38_143685_box_Incident_Summaries_173-233
Agency: Department of War
Page 28
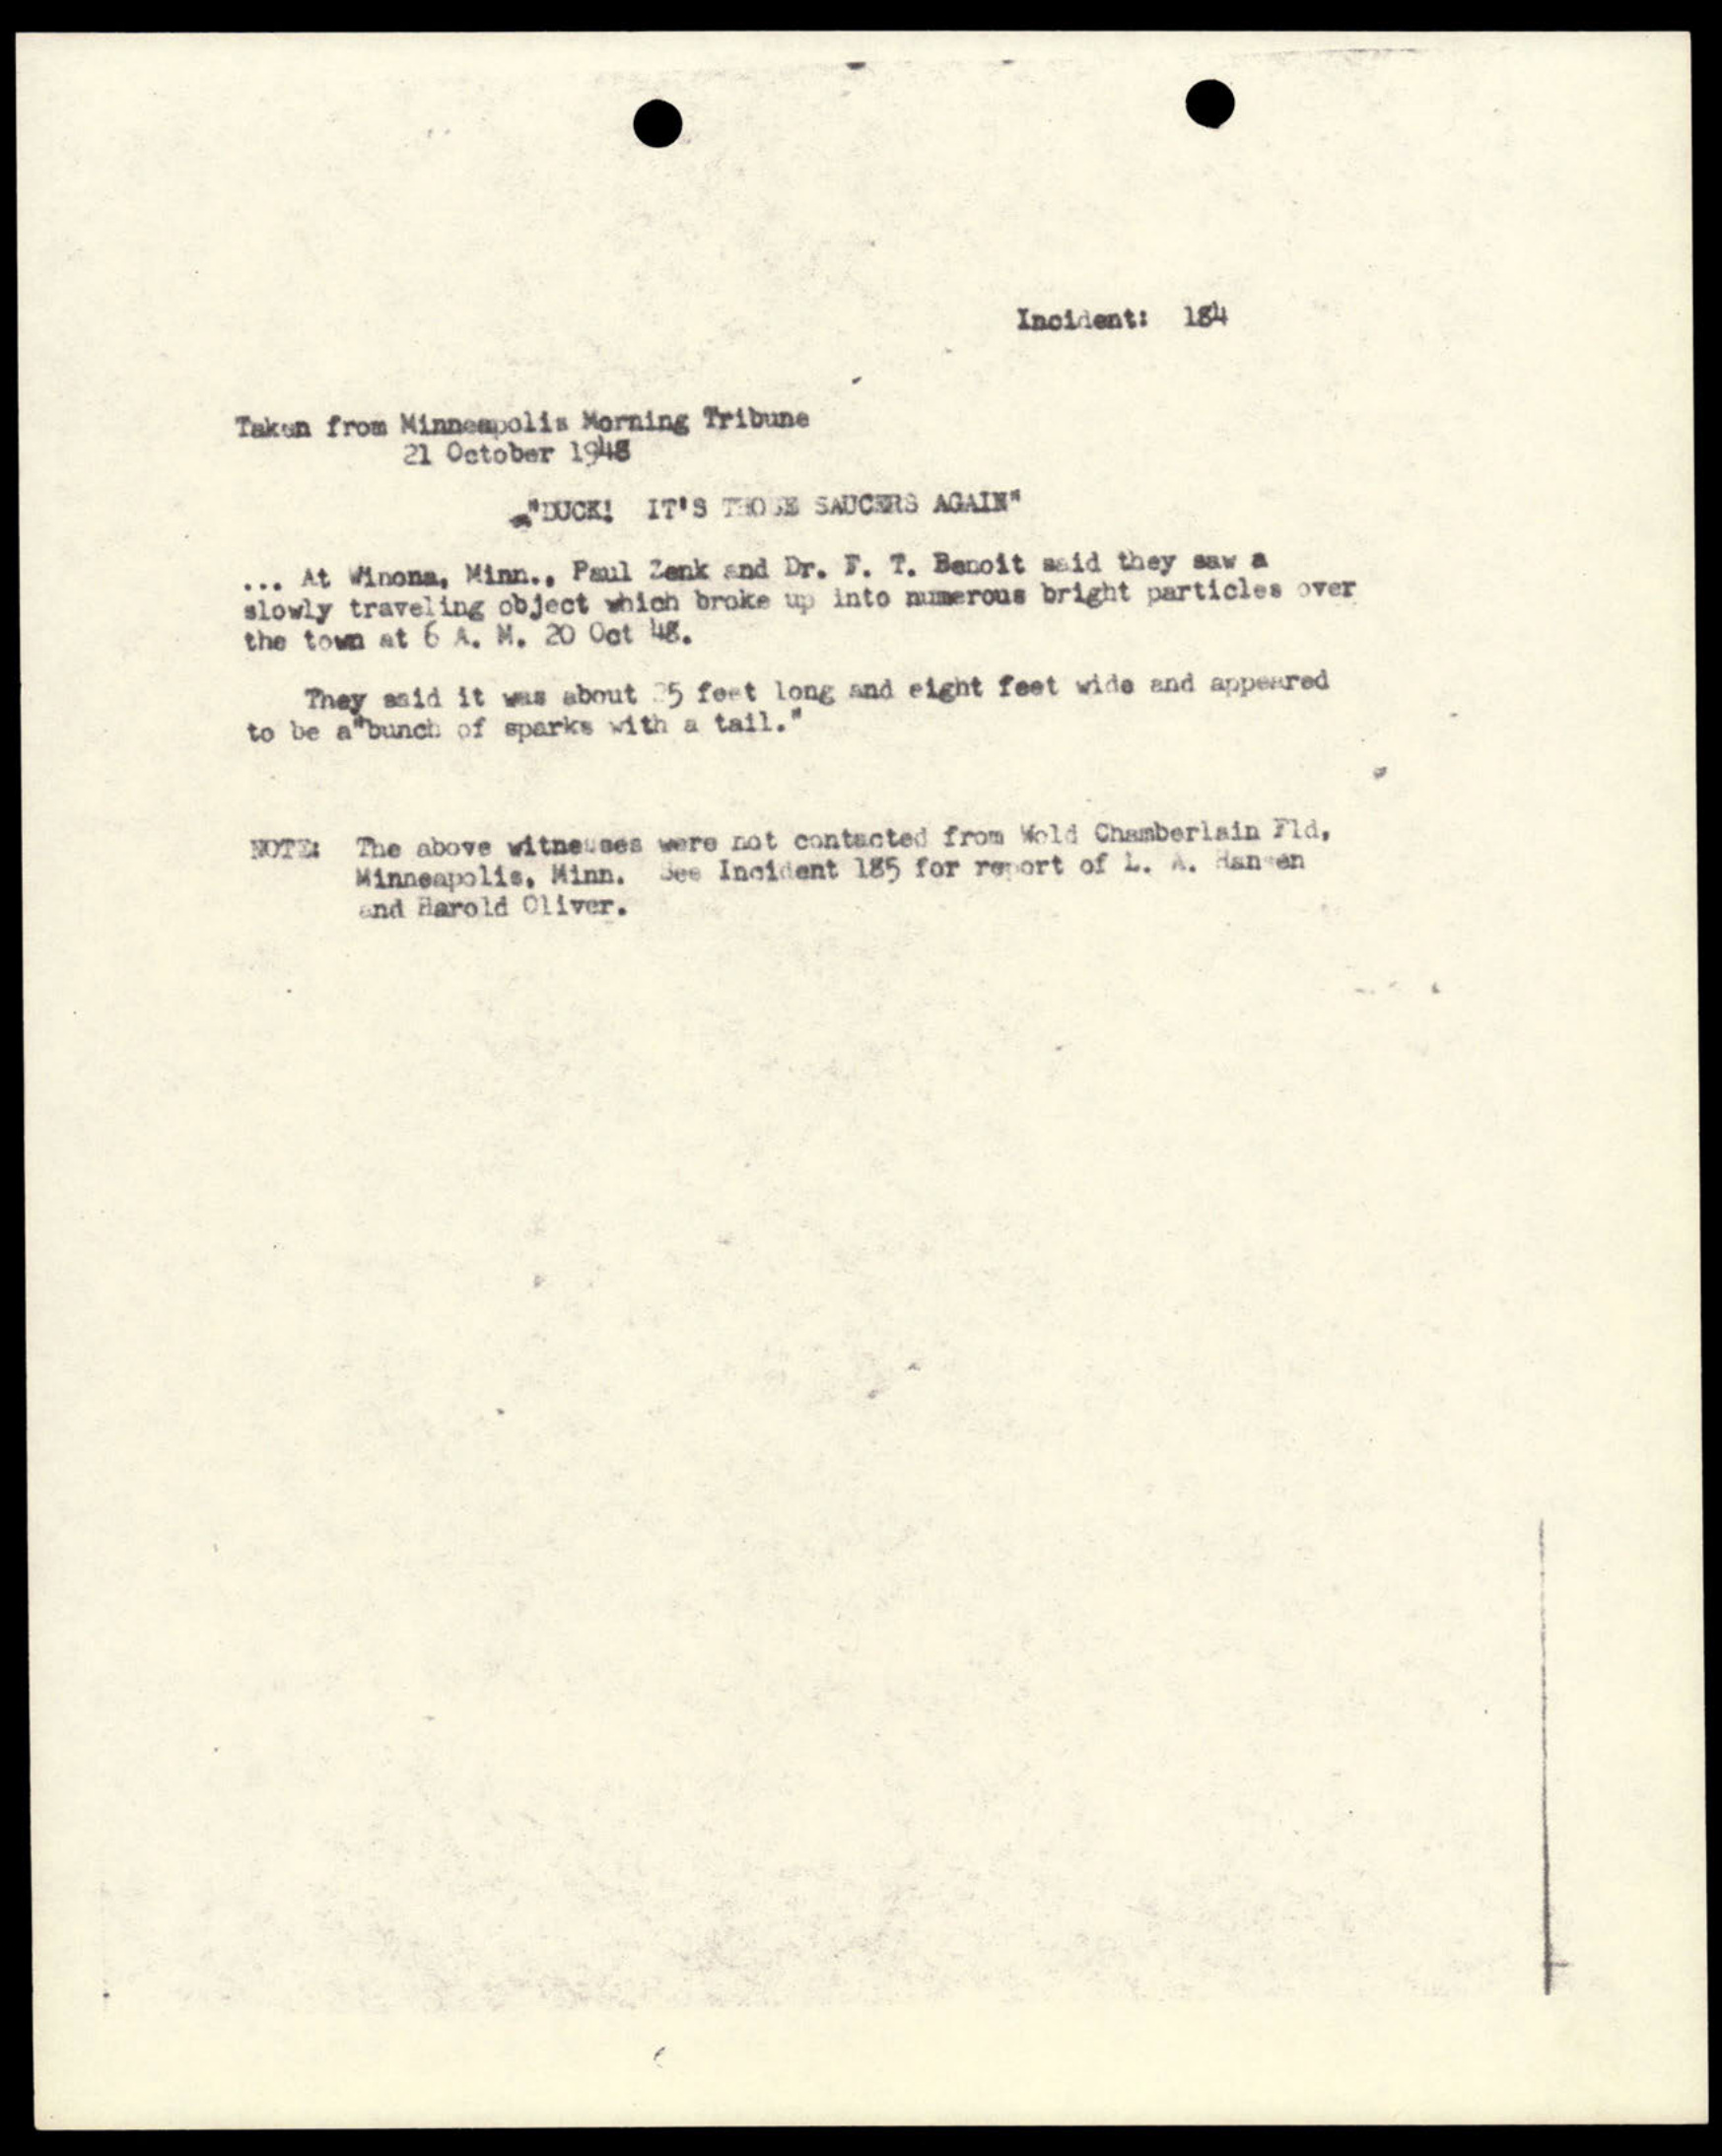